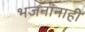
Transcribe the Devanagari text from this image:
भजनांनाही